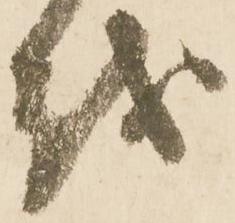
越